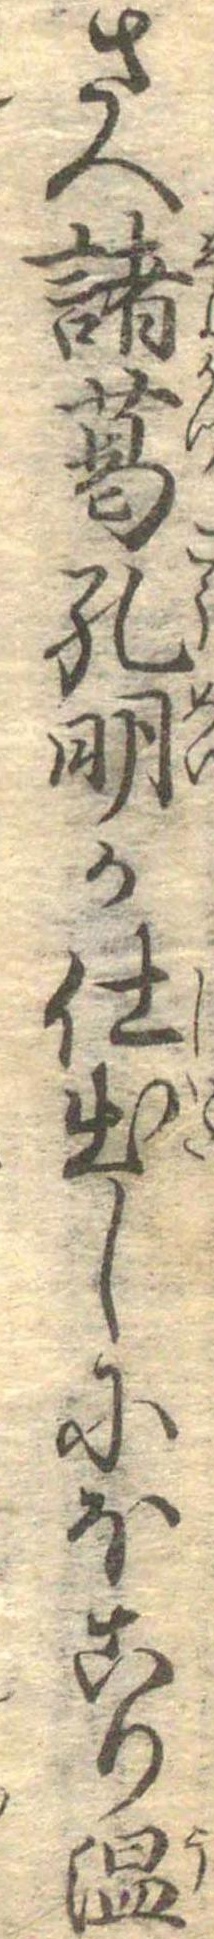
さへ諸葛孔明の仕出しにほこり温